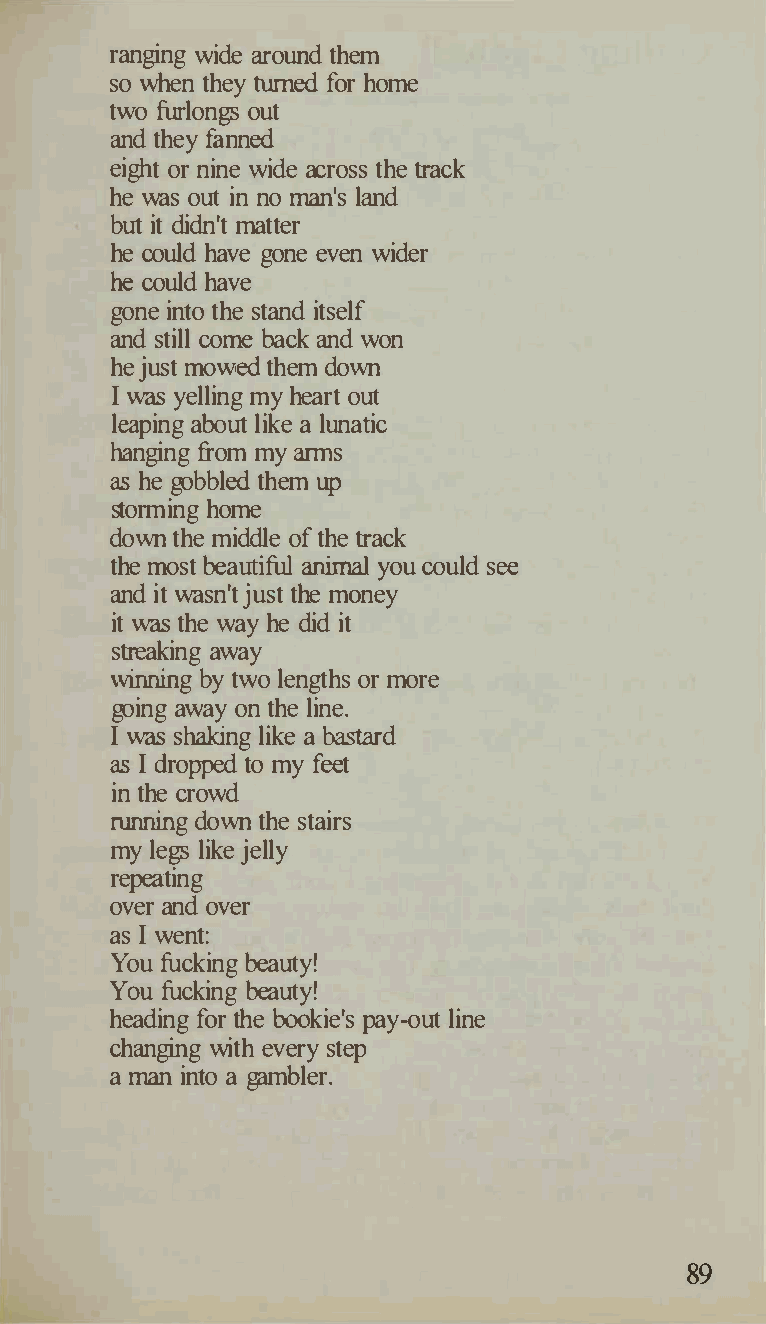
ranging wide around them
 so when they turned for home
 two fin-longs out
 and they fanned
 eight or nine wide across the track
 he was out in no man's land
 but it didn't matter
 he could have gone even wider
 he could have
 gone into the stand itself
 and still come back and won
 he just mowed them down
 I was yelling my heart out
 leaping about like a lunatic
 hanging from my arms
 as he gobbled them up
 storming home
 down the middle of the track
 the most beautiful animal you could see
 and it wasn't just the money
 it was the way he did it
 streaking away
 winning by two lengths or more
 going away on the line.
 I was shaking like a bastard
 as I dropped to my feet
 in the crowd
 running down the stairs
 my legs like jelly
 repeating
 over and over
 as I went:
 You fucking beauty!
 fucking beauty!
 YOU
 heading for the bookie's pay-out line
 changing with every step
 a man into a gambler.
 89